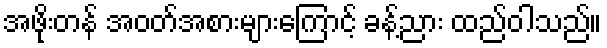
အဖိုးတန် အဝတ်အစားများကြောင့် ခန့်ညား ထည်ဝါသည်။